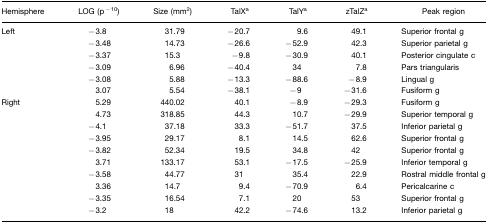
| Hemisphere | LOG (p−10) | Size (mm2) | TalXa | TalYa | zTalZa | Peak region |
 | --- | --- | --- | --- | --- | --- | --- |
 | Left | −3.8 | 31.79 | −20.7 | 9.6 | 49.1 | Superior frontal g |
 |  | −3.48 | 14.73 | −26.6 | −52.9 | 42.3 | Superior parietal g |
 |  | −3.37 | 15.3 | −9.8 | −30.9 | 40.1 | Posterior cingulate c |
 |  | −3.09 | 6.96 | −40.4 | 34 | 7.8 | Pars triangularis |
 |  | −3.08 | 5.88 | −13.3 | −88.6 | −8.9 | Lingual g |
 |  | 3.07 | 5.54 | −38.1 | −9 | −31.6 | Fusiform g |
 | Right | 5.29 | 440.02 | 40.1 | −8.9 | −29.3 | Fusiform g |
 |  | 4.73 | 318.85 | 44.3 | 10.7 | −29.9 | Superior temporal g |
 |  | −4.1 | 37.18 | 33.3 | −51.7 | 37.5 | Inferior parietal g |
 |  | −3.95 | 29.17 | 8.1 | 14.5 | 62.6 | Superior frontal g |
 |  | −3.82 | 52.34 | 19.5 | 34.8 | 42 | Superior frontal g |
 |  | 3.71 | 133.17 | 53.1 | −17.5 | −25.9 | Inferior temporal g |
 |  | −3.58 | 44.77 | 31 | 35.4 | 22.9 | Rostral middle frontal g |
 |  | 3.36 | 14.7 | 9.4 | −70.9 | 6.4 | Pericalcarine c |
 |  | −3.35 | 16.54 | 7.1 | 20 | 53 | Superior frontal g |
 |  | −3.2 | 18 | 42.2 | −74.6 | 13.2 | Inferior parietal g |